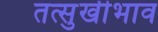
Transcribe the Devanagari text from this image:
तत्सुखीभाव